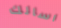
اسالك